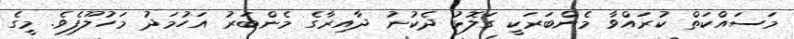
މަސައްކަތް ކުރައްވާ މެންބަރަކީ ގަލޮޅު ދެކުނު ދާއިރާގެ މެންބަރު އަހުމަދު މަހުލޫފެވެ. މީގެ